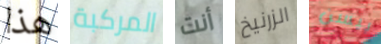
هذا المركبة أنت الزرنيخ بيسن